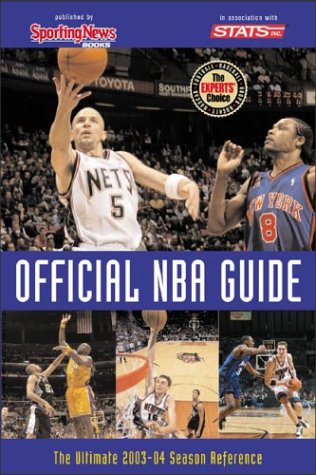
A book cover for Official NBA Guide : The Ultimate 2003-04 Season Reference; Sporting News; Sports & Outdoors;